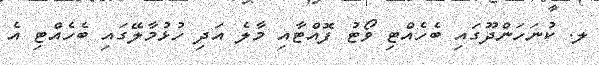
ލ. ކުނަހަންދޫގައި ބެހެއްޓި ވޯޓު ފޮއްޓާއި މާލެ އަދި ހުޅުމާލޭގައި ބެހެއްޓި އެ